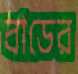
বাডের